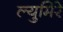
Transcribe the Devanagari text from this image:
ल्युमिरे